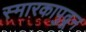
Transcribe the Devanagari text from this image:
स्मारकापुढून